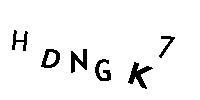
HDNGK7